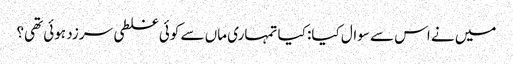
میں نے اس سے سوال کیا: کیا تمہاری ماں سے کوئی غلطی سرزد ہوئی تھی؟